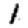
Digit: 1